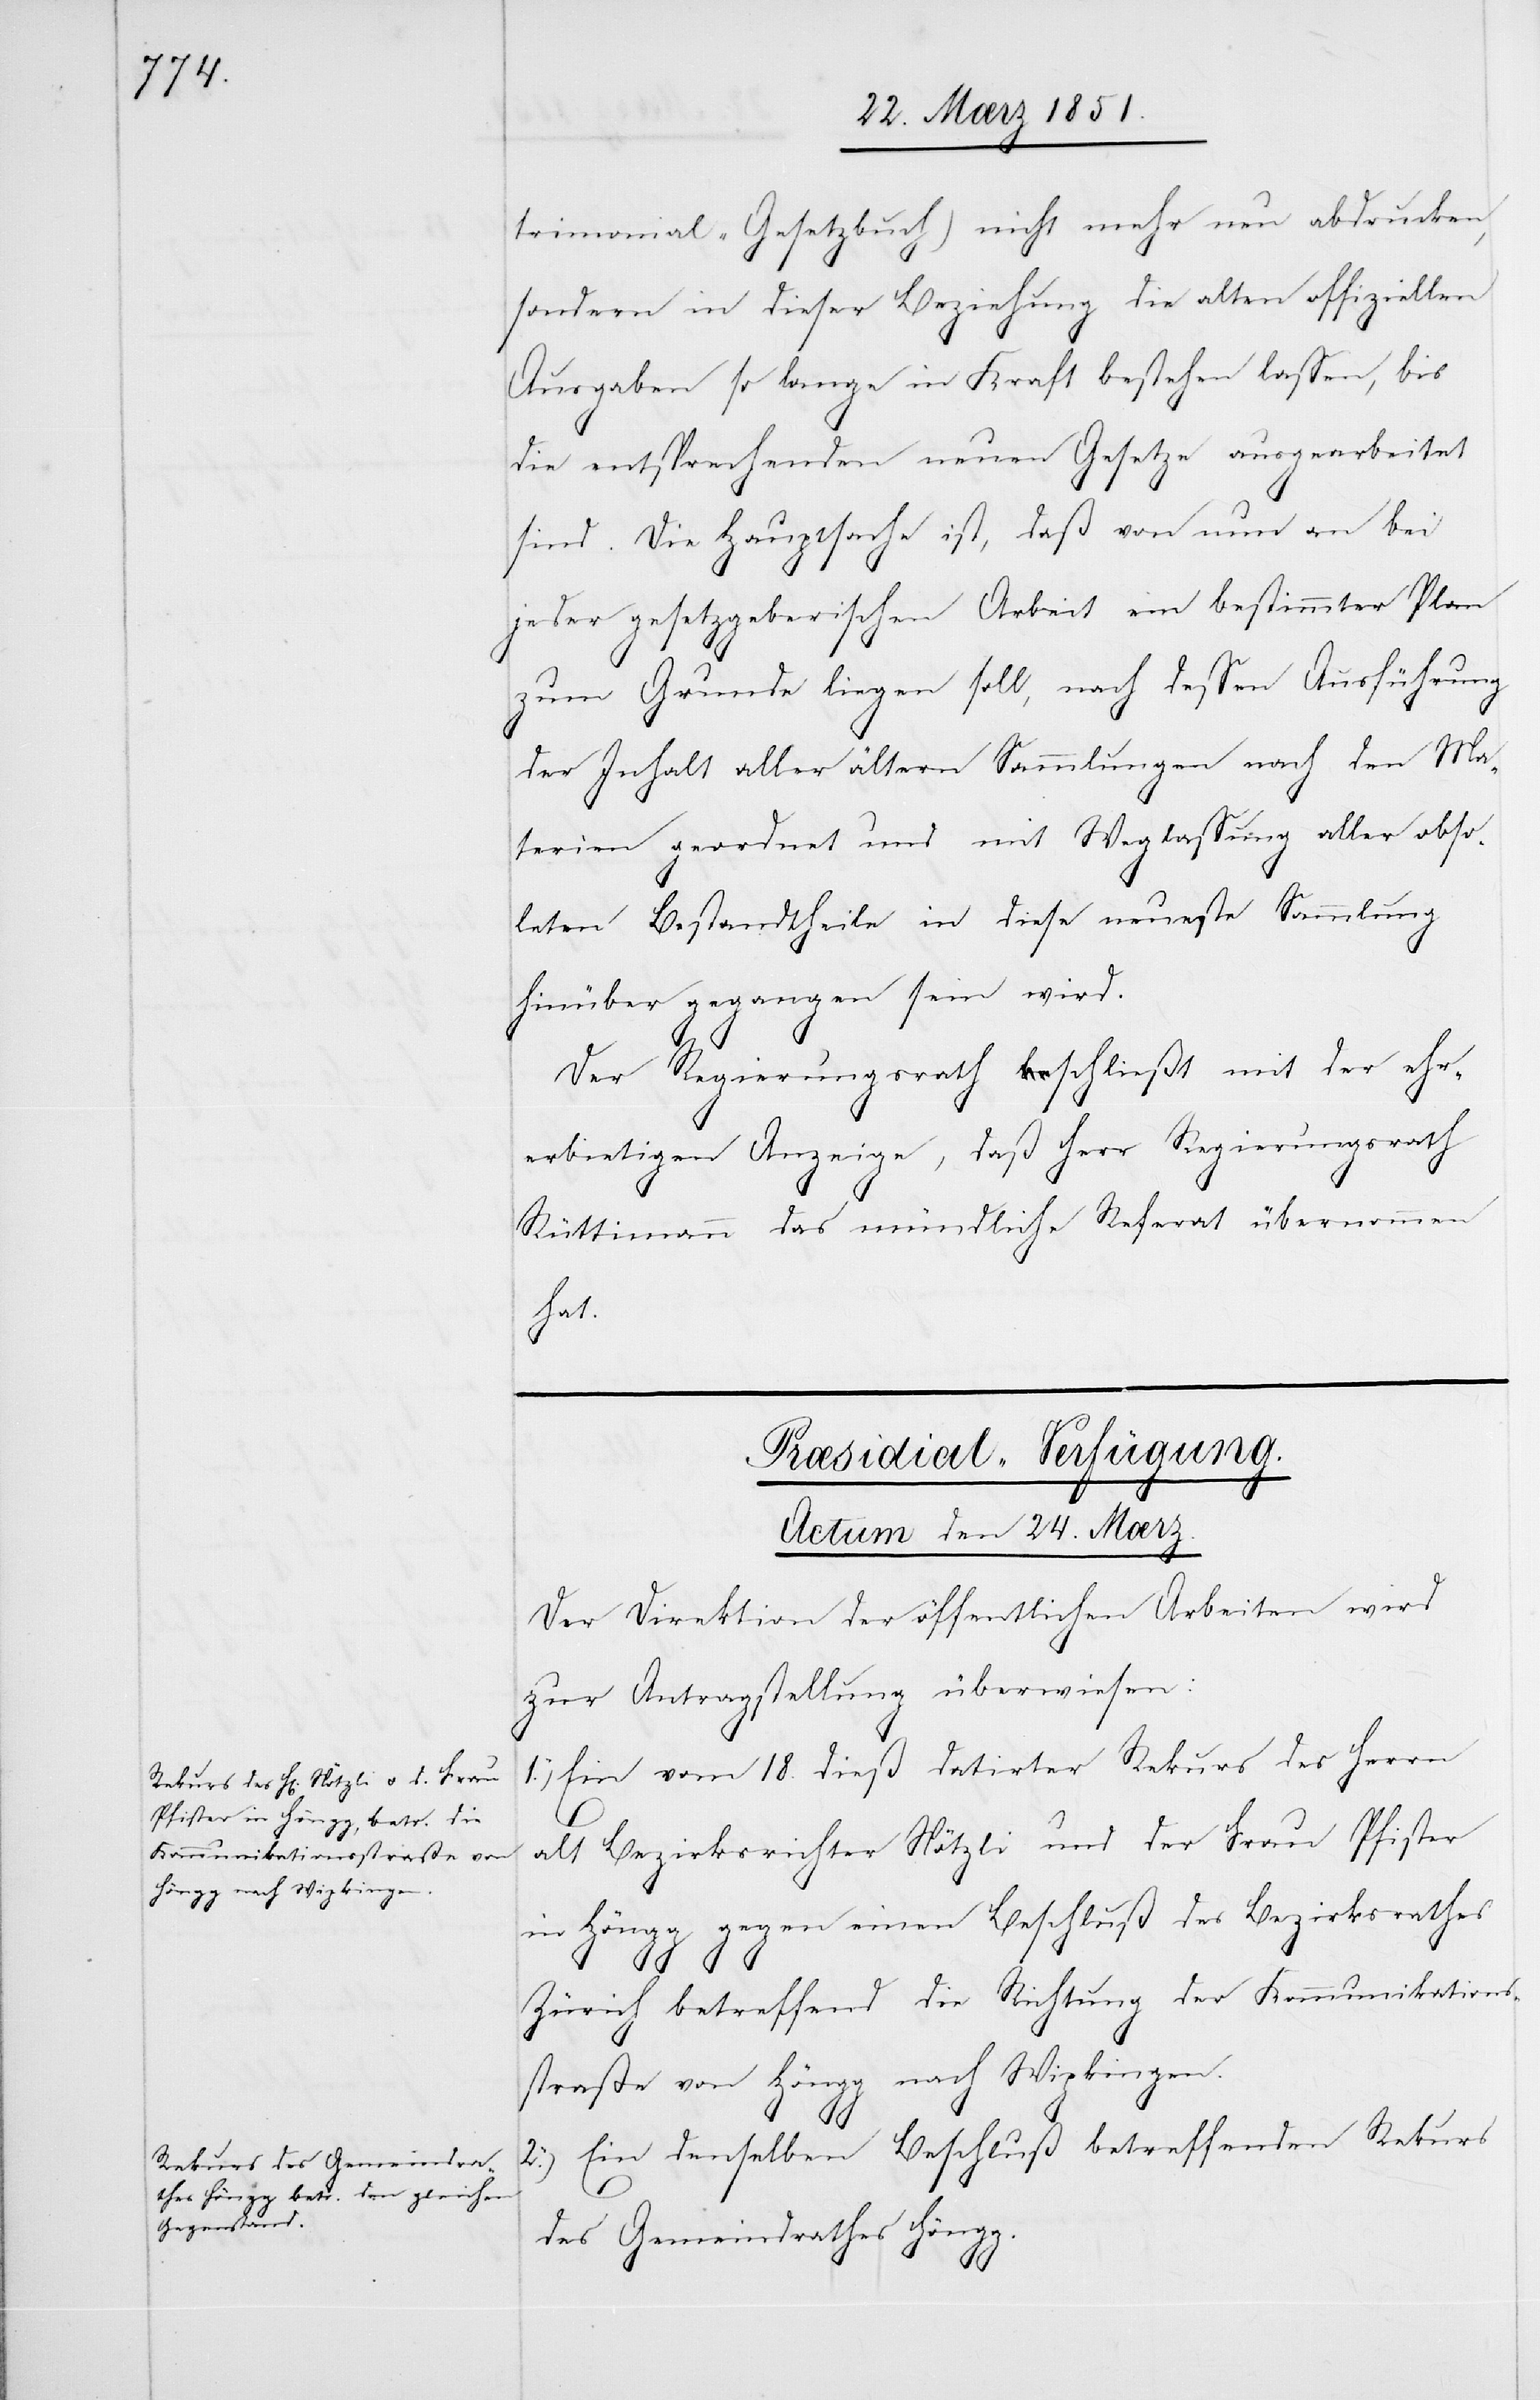
Præsidial-Verfügung.
Actum den 24. Mærz.
Der Direktion der öffentlichen Arbeiten wird
zur Antragstellung überwiesen:
1.) Ein vom 18. dieß datirter Rekurs des Herrn
alt Bezirksrichter Nötzli und der Frau Pfister
in Höngg gegen einen Beschluß des Bezirksrathes
Zürich betreffend die Richtung der Kommunikations¬
straße von Höngg nach Wipkingen.
2.) Ein denselben Beschluß betreffenden Rekurs
des Gemeindrathes Höng¬
g.